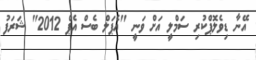
އޭނާ ޑިވެލޮޕްކުރި ސަމްލީ އަށް ވަނީ "އެޕަލް ބެސް އެޕް 2012" ޝަރަފު